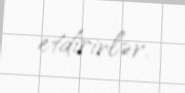
etdirirlər.